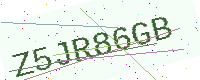
Text: Z5JR86GB